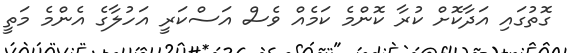
ގޮތުގައި އަދާކޮށް ކުރާ ކޮންމެ ކަމެއް ވެސް އަސްކަރީ އަހުލާގެ އެންމެ މަތީ